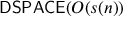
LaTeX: { \mathsf { D S P A C E } } ( O ( s ( n ) )